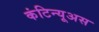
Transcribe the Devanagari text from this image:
कंटिन्यूअस